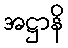
အဋ္ဌာနိ